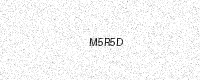
Text: M5R5D